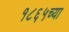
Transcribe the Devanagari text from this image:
१८६५च्या